65_HS1-834228961_62-HQ-83894_Section_1
Agency: FBI
Page 156
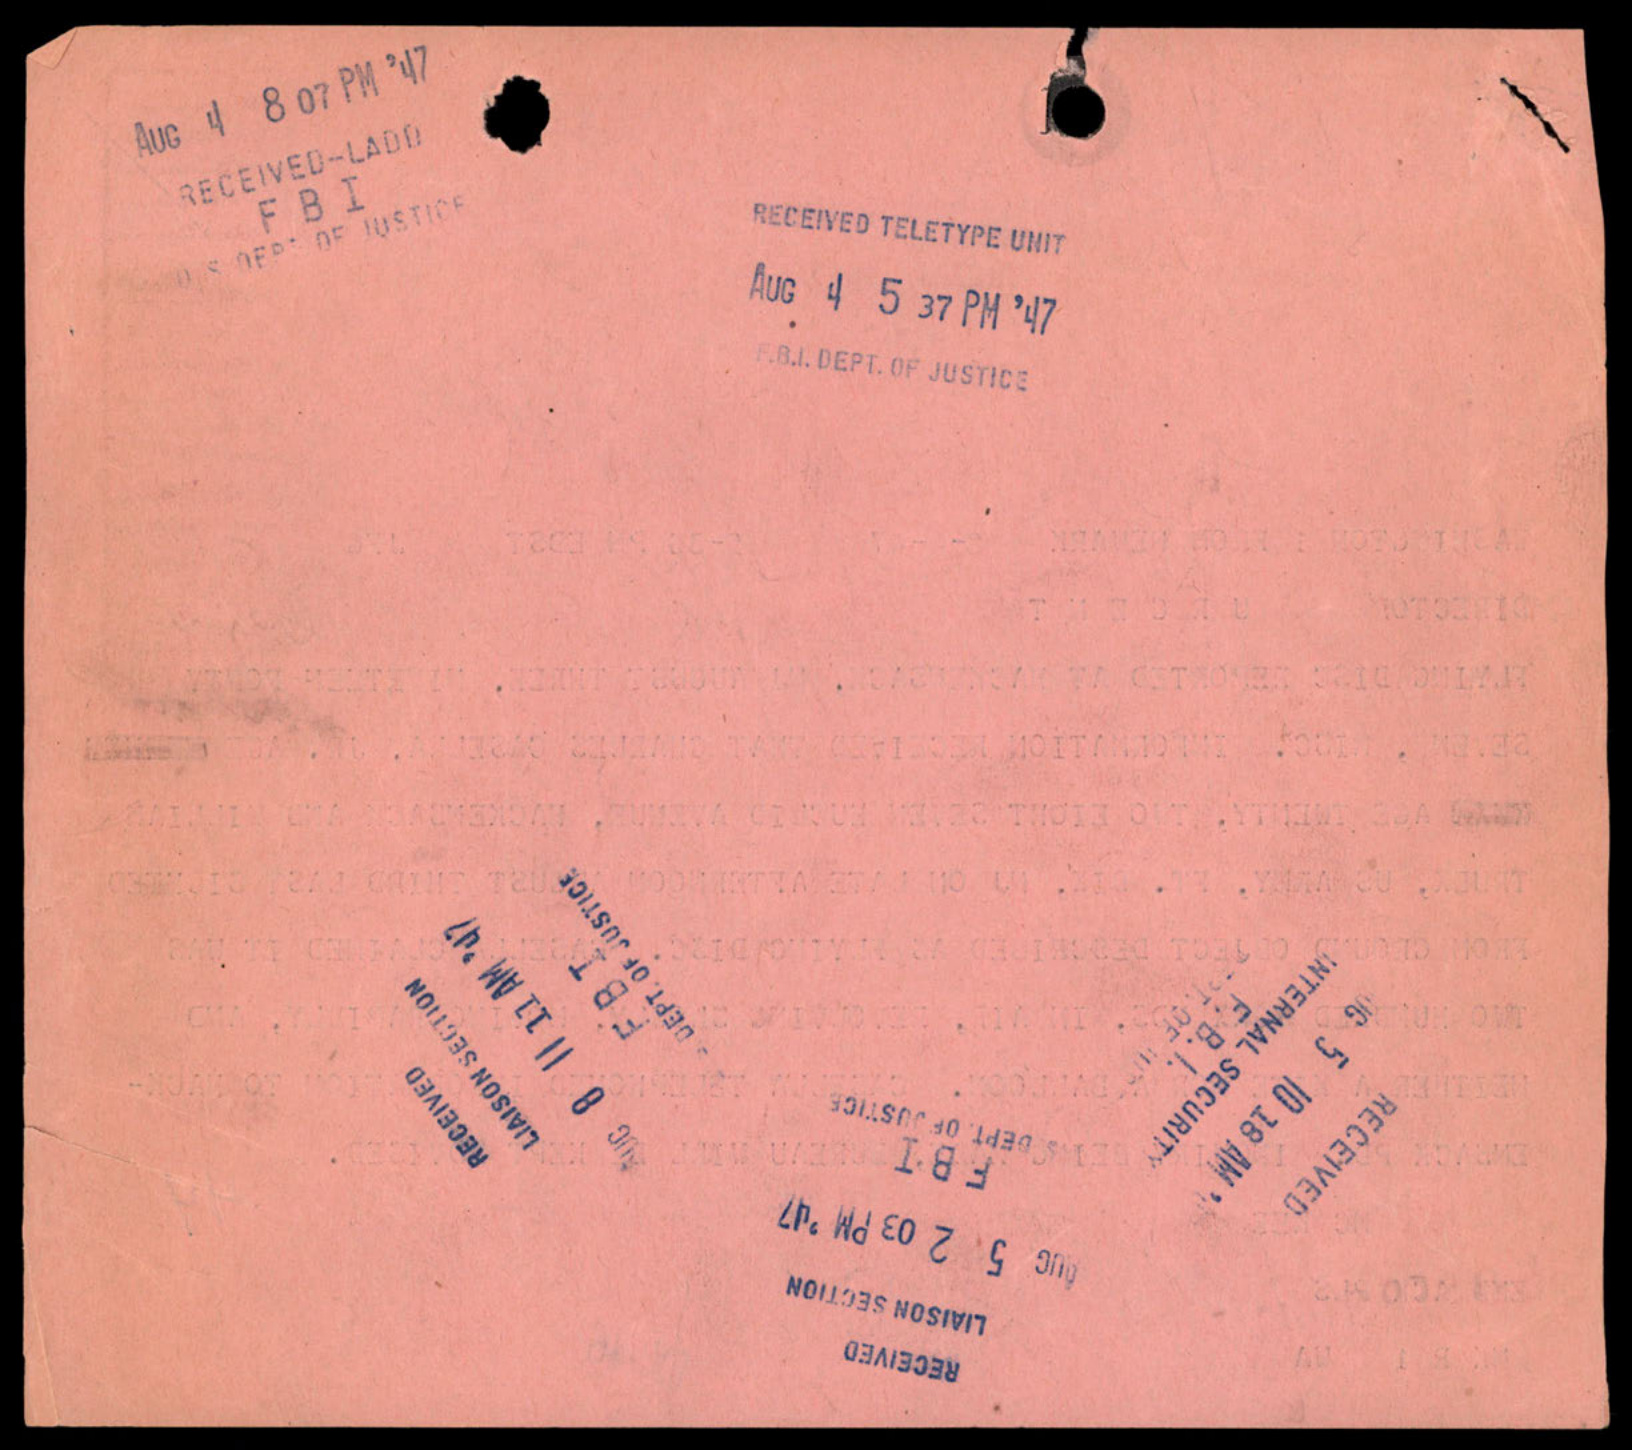